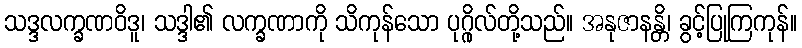
သဒ္ဒလက္ခဏဝိဒူ၊ သဒ္ဒါ၏ လက္ခဏာကို သိကုန်သော ပုဂ္ဂိုလ်တို့သည်။ အနုဇာနန္တိ၊ ခွင့်ပြုကြကုန်။